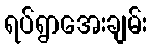
ရပ်ရွာအေးချမ်း